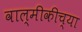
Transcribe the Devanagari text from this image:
वाल्मीकीच्या